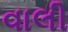
વાલી